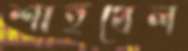
শাহুখেল